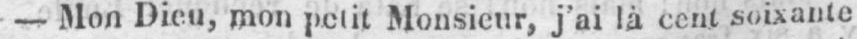
- Mon Dieu, mon petit Monsieur, j’ai là cent soixante